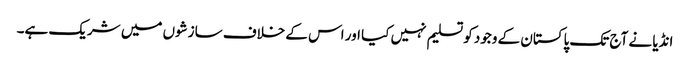
انڈیا نے آج تک پاکستان کے وجود کو تسلیم نہیں کیا اور اس کے خلاف سازشوں میں شریک ہے۔